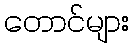
တောင်များ